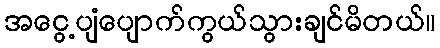
အငွေ့ပျံပျောက်ကွယ်သွားချင်မိတယ်။